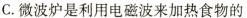
C.微波炉是利用电磁波来加热食物的